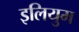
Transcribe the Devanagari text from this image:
इलियुम